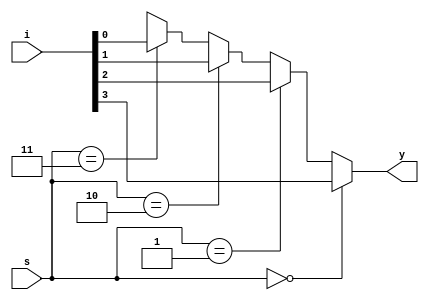
module mux_41(i,s,y);
    input [3:0]i;
    input [1:0]s;
    output y;
    assign y=(s==2'b00)?i[3]:(s==2'b01)?i[2]:(s==2'b10)?i[1]:(s==2'b11)?i[0]:1'bx;
endmodule